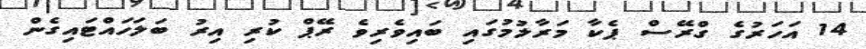
14 އަހަރުގެ ގްރޭސް ޕެކާ މަރާލުމުގައި ބައިވެެރިވެ ރޭޕް ކުރި އިރު ބަލަހައްޓައިގެން